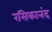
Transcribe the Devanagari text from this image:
रसिकानंद